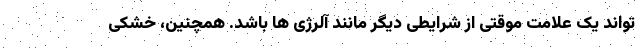
تواند یک علامت موقتی از شرایطی دیگر مانند آلرژی ها باشد. همچنین، خشکی